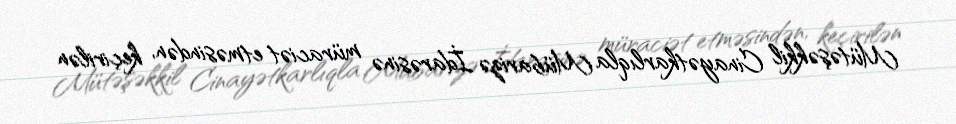
Mütəşəkkil Cinayətkarlıqla Mübarizə İdarəsinə müraciət etməsindən, keçirilən